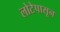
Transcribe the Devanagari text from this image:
लोटेपासून